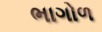
ભાગોળ